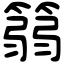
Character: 篛